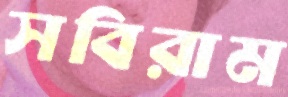
সবিরাম